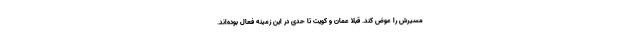
مسیرش را عوض کند. قبلا عمان و کویت تا حدی در این زمینه فعال بوده‌اند.